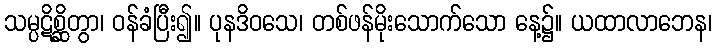
သမ္ပဋိစ္ဆိတွာ၊ ဝန်ခံပြီး၍။ ပုနဒိဝသေ၊ တစ်ဖန်မိုးသောက်သော နေ့၌။ ယထာလာဘေန၊